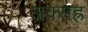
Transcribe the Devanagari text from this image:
अक्सह्र